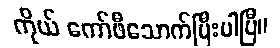
ကိုယ် ကော်ဖီသောက်ပြီးပါပြီ။